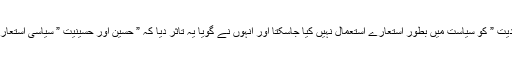
ایک سوال کے جواب میں انھوں نے یہ تاثر دیا جیسے ” یزید اور یزیدیت ” کو سیاست میں بطور استعارے استعمال نہیں کیا جاسکتا اور انہوں نے گویا یہ تاثر دیا کہ ” حسین اور حسینیت ” سیاسی استعارے ہی نہیں ہیں بلکہ کسی کسی خاص مسلک کے عقائد کا معاملہ ہے۔